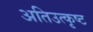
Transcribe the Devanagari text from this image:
अतिउत्कृष्ट